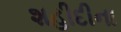
શહીદીના